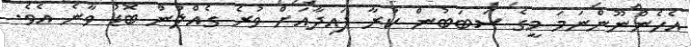
އެހެންނޫންނަމަ މީގެ ސަބަބުން ކުރާ ފައިދާއަށް ވުރެ ގެއްލުން ބޮޑު ވާނެ އެވެ.